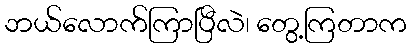
ဘယ်လောက်ကြာပြီလဲ၊ တွေ့ကြတာက